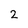
Character: 2